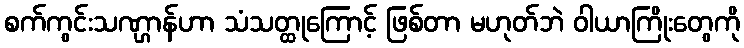
စက်ကွင်းသဏ္ဌာန်ဟာ သံသတ္ထုကြောင့် ဖြစ်တာ မဟုတ်ဘဲ ဝါယာကြိုးတွေကို